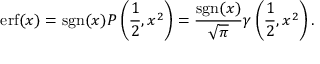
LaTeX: \operatorname { e r f } ( x ) = \operatorname { s g n } ( x ) P \left( { \frac { 1 } { 2 } } , x ^ { 2 } \right) = { \frac { \operatorname { s g n } ( x ) } { \sqrt { \pi } } } \gamma \left( { \frac { 1 } { 2 } } , x ^ { 2 } \right) .